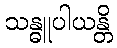
သန္ဓူပါယန္တိ